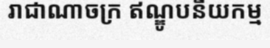
រាជាណាចក្រ ឥណ្ឌូបនីយកម្ម